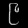
Digit: ၉